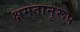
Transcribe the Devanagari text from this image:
क्षमतानुरूप